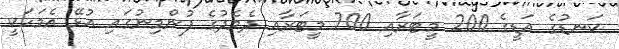
ކަނޑުގެ އަޑީގެ 200 މީޓަރާއި 700 މީޓަރާއި ދެމެދުގެ ފުންމިނުގައި އުޅޭ އެމަހަކީ